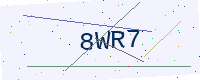
Text: 8WR7